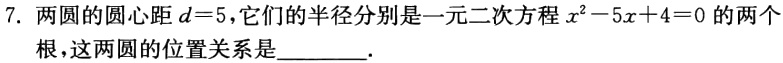
7. 两圆的圆心距\(d = 5\)，它们的半径分别是一元二次方程\(x^{2}-5x + 4 = 0\)的两个根，这两圆的位置关系是________.